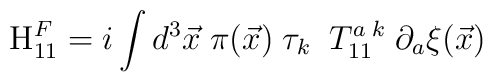
{\rm H}_{11}^{F}=i\int d^{3}{\vec{x}}\;\pi ({\vec{x}})\;\tau_{k}\;\;T_{11}^{a\;k}\;\partial _{a}{\xi }(\vec{x})